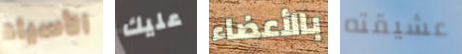
الأسياد عليك بالأعضاء عشيقته